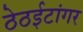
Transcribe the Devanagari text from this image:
ठेठईटांगर